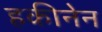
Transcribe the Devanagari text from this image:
हकीनेन